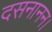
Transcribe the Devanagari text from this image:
दसनानन।